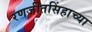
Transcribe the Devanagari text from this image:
रणजीतसिंहाच्या